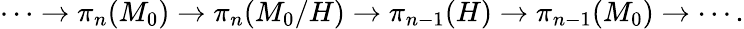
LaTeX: \cdots\rightarrow\pi_{n}(M_{0})\rightarrow\pi_{n}(M_{0}/H)\rightarrow\pi_{n-1}(H)\rightarrow\pi_{n-1}(M_{0})\rightarrow\cdots.